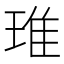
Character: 琟